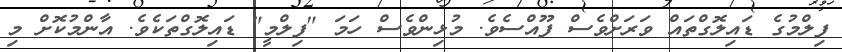
ފިލްމުގެ ޑައިލޮގްތައް ވަރަށްވެސް ފޫއްސެވެ. މުޅިންވެސް ހަމަ "ފިލްމީ" ޑައިލޮގްތަކެވެ. އާންމުކޮށް މި